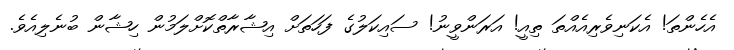
އެހެންތަ! އެކަނިވެރިއެއްތަ ތިއީ! އަރަންވީނު! ސައިކަލުގެ ފަހަތަށް އިޝާރާތްކޮށްލަމުން ހިޝާން ބުނެލިއެވެ.